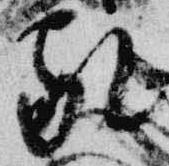
家